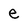
Character: e